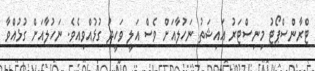
ޓްރާންސްޕޯޓު މިނިސްޓަރު އައިޝަތު ނަހުލާއަށް ވެސް އަލީ ވަހީދު ގުޅުއްވިއެވެ. ނަހުލާއަށް ގުޅުއްވާ